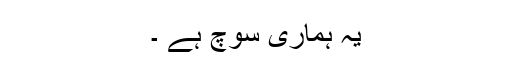
یہ ہماری سوچ ہے ۔